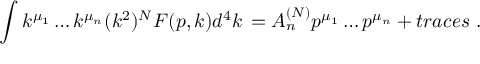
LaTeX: \int k ^ { \mu _ { 1 } } \ldots k ^ { \mu _ { n } } ( k ^ { 2 } ) ^ { N } F ( p , k ) d ^ { 4 } k \, = A _ { n } ^ { ( N ) } p ^ { \mu _ { 1 } } \ldots p ^ { \mu _ { n } } + t r a c e s \ .